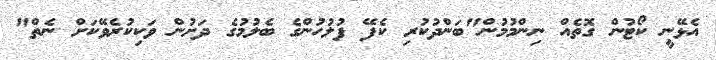
އެޅޭނީ ކޯޓުން ގޮތެއް ނިންމުމުން"ބަންދުކުރި ކެފޭ ފުލުހުންގެ ބެލުމުގެ ދަށުން ވަކިކުރެވޭކަަށް ނެތް"